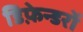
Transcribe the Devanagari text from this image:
डिफ़ेन्डरों